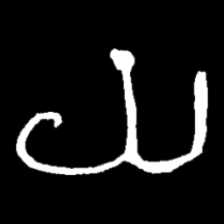
Pyu character \u2014 Myanmar letter: ယ (romanized: ya)